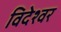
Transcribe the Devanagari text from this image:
विदेश्वर